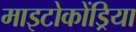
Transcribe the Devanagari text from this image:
माइटोकोंड्रिया